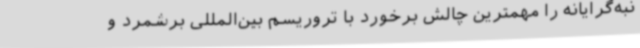
نبه‌گرایانه را مهمترین چالش برخورد با تروریسم بین‌المللی برشمرد و